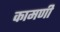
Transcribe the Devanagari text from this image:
कामणी